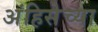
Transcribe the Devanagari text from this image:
अंहिसेच्या